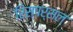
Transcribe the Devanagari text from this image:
रिस्पर्सल